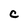
Character: c